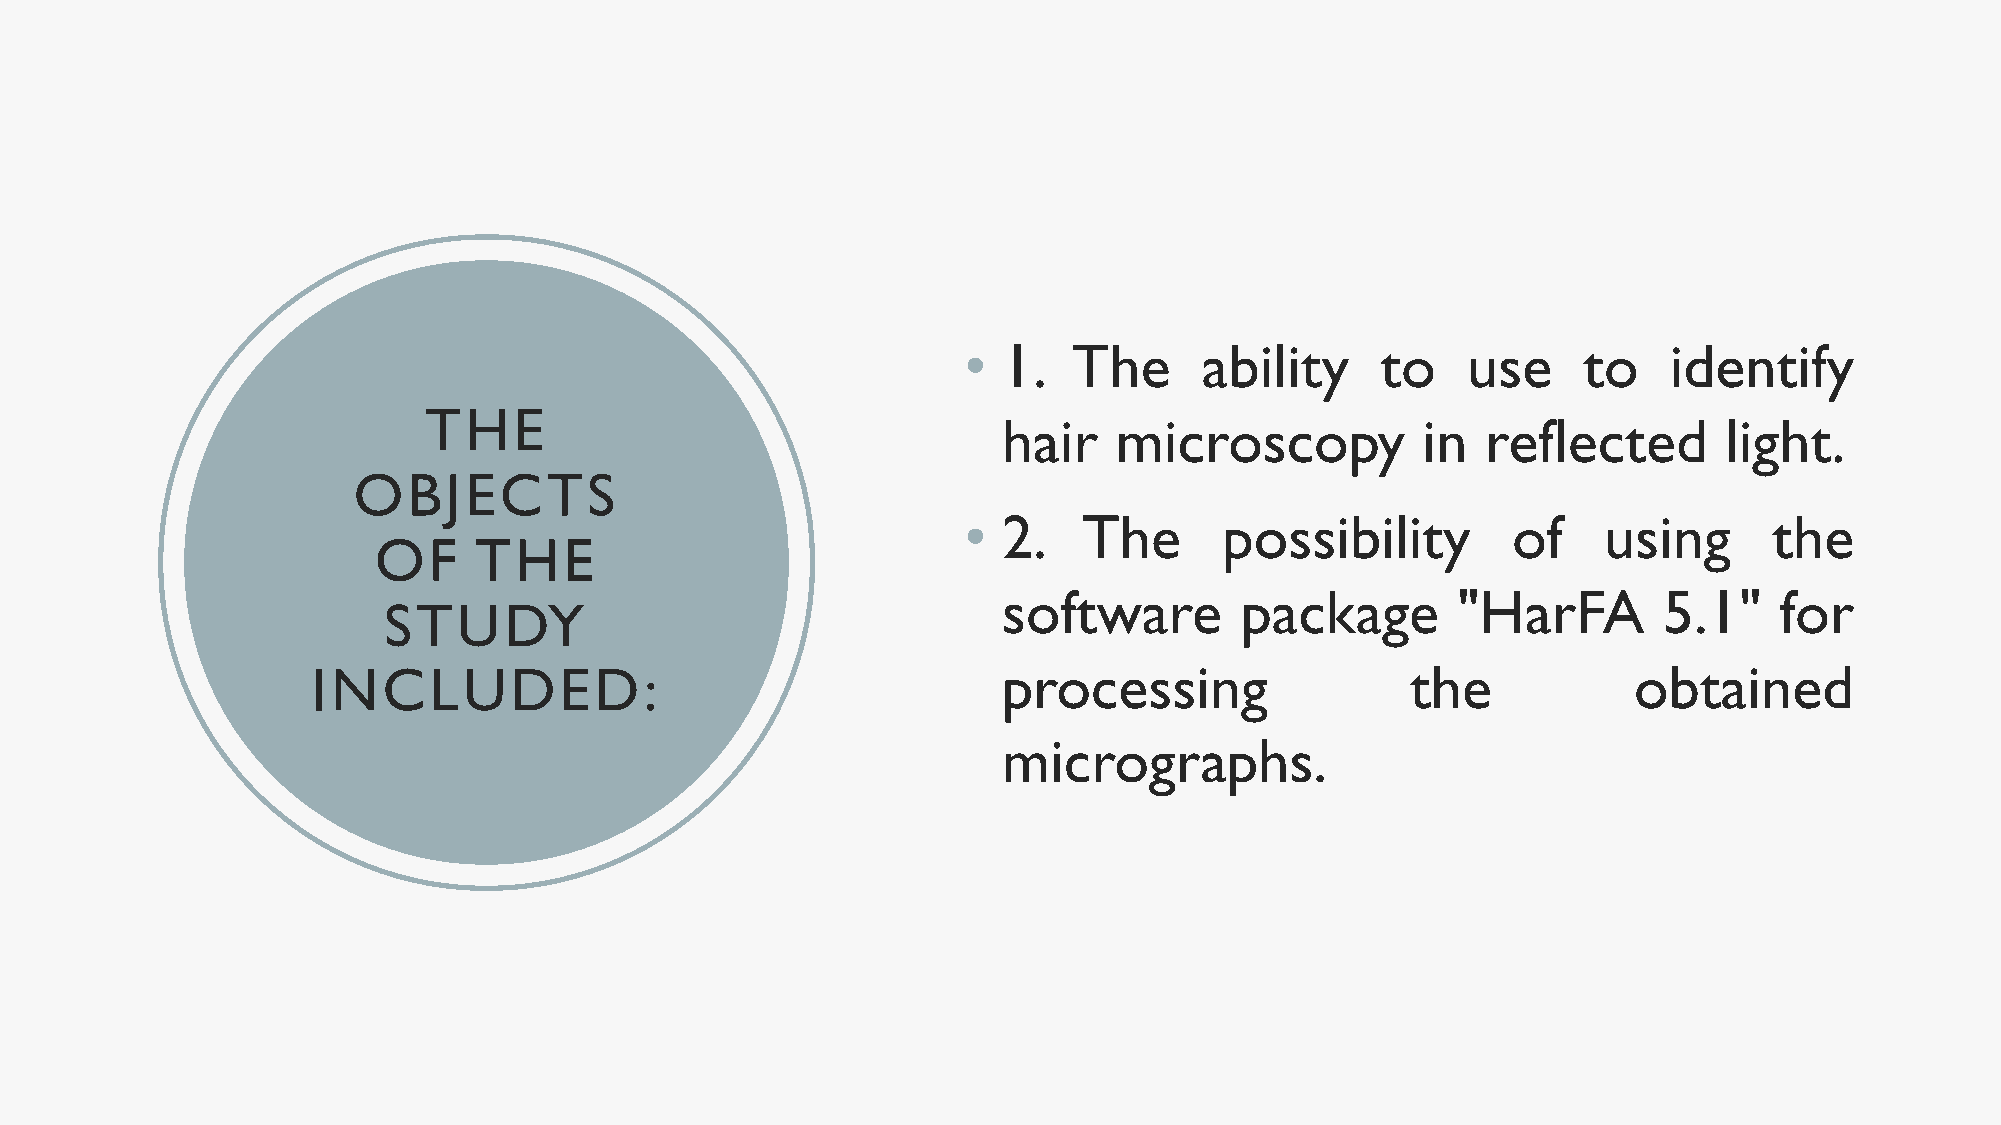
• 1.   The      ability    to    use     to   identify
 THE
 hair    microscopy          in  reflected       light.
 OBJECTS
 • 2.    The      possibility        of    using      the
 OF    THE
 software        package       "HarFA        5.1"    for
 STUDY
 INCLUDED:                                    processing                 the            obtained
 micrographs.